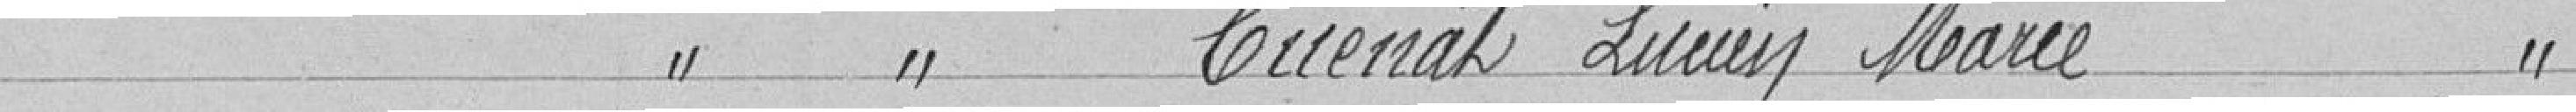
Classe 1925 CUENAT Lucien Marie continuation de ses études